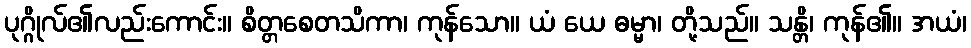
ပုဂ္ဂိုလ်၏လည်းကောင်း။ စိတ္တစေတသိကာ၊ ကုန်သော။ ယံ ယေ ဓမ္မာ၊ တို့သည်။ သန္တိ၊ ကုန်၏။ အယံ၊